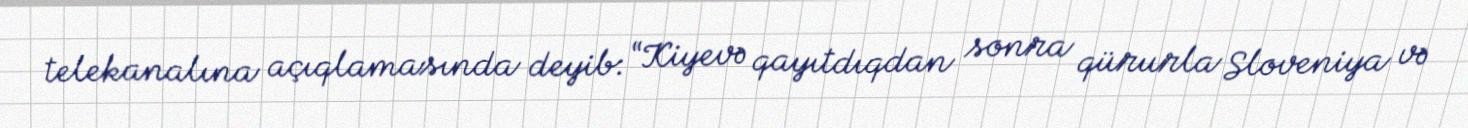
telekanalına açıqlamasında deyib: “Kiyevə qayıtdıqdan sonra qürurla Sloveniya və